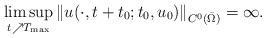
LaTeX: \begin{align*}\limsup_{t \nearrow T_{\max}} \left\| u(\cdot,t+t_0;t_0,u_0) \right\|_{C^0(\bar \Omega)} =\infty.\end{align*}